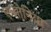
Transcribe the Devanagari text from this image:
एन्सोनिया